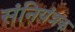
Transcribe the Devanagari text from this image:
संनियंत्रक